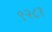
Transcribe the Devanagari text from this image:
९२८१